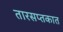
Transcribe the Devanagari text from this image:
तारसप्तकात